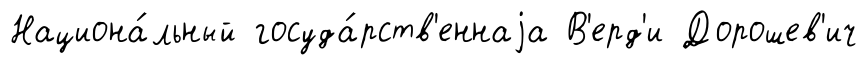
Национа́льный госуда́рств'еннаjа В'ерд'и Дорошев'ич